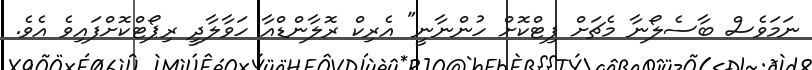
ނަމަވެސް ބާސެލޯނާ މެޗަށް ފިޓްކޮށް ހުންނާނީ" އެރިކް ރޮލާންޑްއާ ހަވާލާދީ ރިޕޯޓްކޮށްފައިވެ އެވެ.